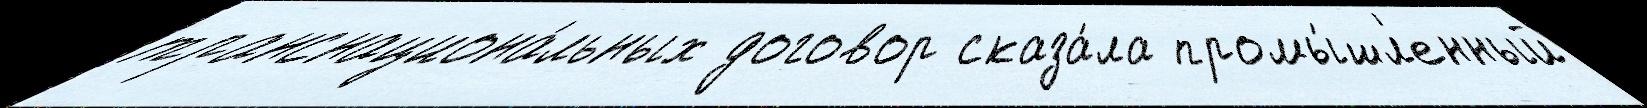
транснациона́льных договор сказа́ла промы́шл'енный